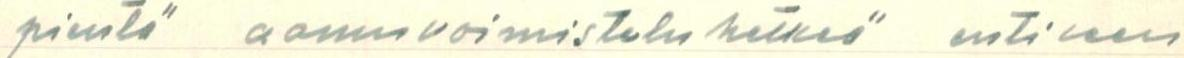
pientä aamuvoimisteluhetkeä entiseen